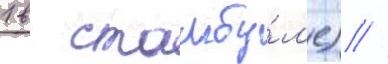
1 в стамбу́л'е) //